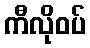
ကီလိုဝပ်